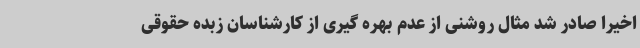
اخیرا صادر شد مثال روشنی از عدم بهره گیری از کارشناسان زبده حقوقی